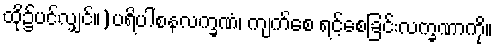
ထို၌ပင်လျှင်။)ပရိပါစနလက္ခဏံ၊ ကျက်စေ ရင့်စေခြင်းလက္ခဏာကို။